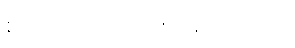
စကားတော့ လုံးဝမပြောဘူး။